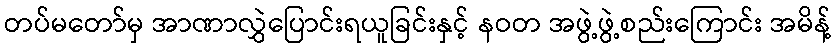
တပ်မတော်မှ အာဏာလွှဲပြောင်းရယူခြင်းနှင့် နဝတ အဖွဲ့ဖွဲ့စည်းကြောင်း အမိန့်